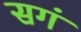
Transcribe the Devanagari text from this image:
सगं